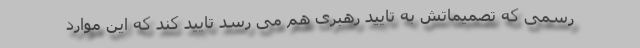
رسمی که تصمیماتش به تایید رهبری هم می رسد تایید کند که این موارد